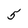
Character: 5